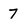
Character: 7